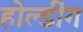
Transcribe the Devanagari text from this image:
होल्डींग